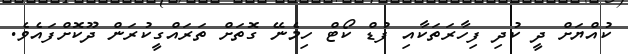
ކުއްޔަށް ދީ ކުދި ފިހާރަތަކާއި ފުޑް ކޯޓް ހިމެނޭ ގޮތަށް ތަރައްގީކުރަން ދޫކޮށްފައެވެ.